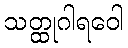
သတ္ထုဂါရဝေါ